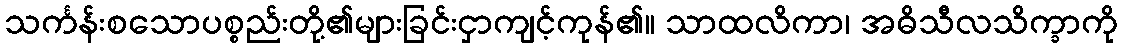
သင်္ကန်းစသောပစ္စည်းတို့၏များခြင်းငှာကျင့်ကုန်၏။ သာထလိကာ၊ အဓိသီလသိက္ခာကို